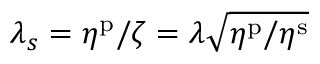
\lambda _ { s } = \eta ^ { \mathrm { p } } / \zeta = \lambda \sqrt { \eta ^ { \mathrm { p } } / \eta ^ { \mathrm { s } } }